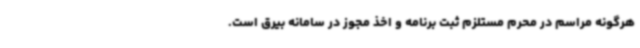
هرگونه مراسم در محرم مستلزم ثبت برنامه و اخذ مجوز در سامانه بیرق است.